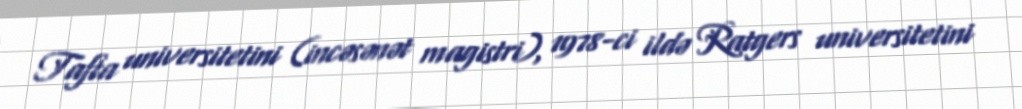
Tafta universitetini (incəsənət magistri), 1978-ci ildə Ratgers universitetini